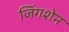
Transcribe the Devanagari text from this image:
जिंगशेन